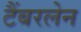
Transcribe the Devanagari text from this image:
टैंबरलेन